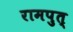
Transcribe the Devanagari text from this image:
रामपुत्